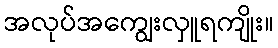
အလုပ်အကျွေးလှူရကျိုး။